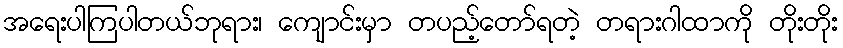
အရေးပါကြပါတယ်ဘုရား၊ ကျောင်းမှာ တပည့်တော်ရတဲ့ တရားဂါထာကို တိုးတိုး